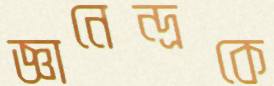
জ্ঞানেন্দ্রকে